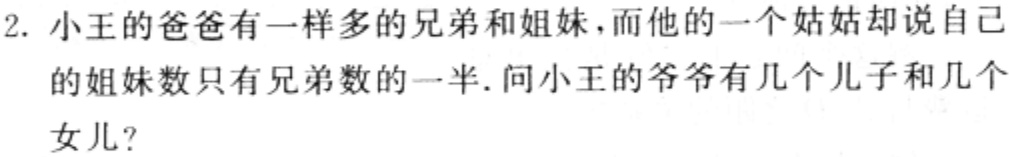
2. 小王的爸爸有一样多的兄弟和姐妹，而他的一个姑姑却说自己的姐妹数只有兄弟数的一半. 问小王的爷爷有几个儿子和几个女儿?